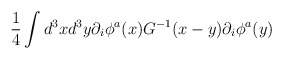
\begin{align*}\frac{1}{4} \int d^3x d^3y \partial_i \phi^a(x) G^{-1}(x-y) \partial_i\phi^a(y)\end{align*}